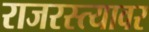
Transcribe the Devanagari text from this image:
राजरस्त्यावर